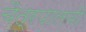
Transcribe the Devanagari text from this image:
चैत्रपालवी